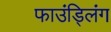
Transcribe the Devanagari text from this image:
फाउंड्लिंग